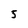
Character: 5